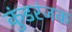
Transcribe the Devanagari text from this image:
कुंडरंजक